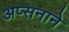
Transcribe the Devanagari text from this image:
अप्सनाने